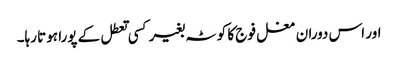
اور اس دوران مغل فوج کا کوٹہ بغیر کسی تعطل کے پورا ہوتا رہا۔